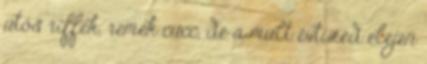
ütős riffek, remek cucc, de a múlt évtized elején